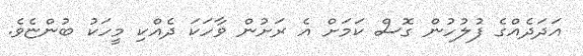
އަދަދެއްގެ ފުލުހުން ގޮސް ކަމަށް އެ ރަށުން ވާހަކަ ދެއްކި މީހަކު ބުންޏެވެ.